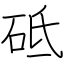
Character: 砥